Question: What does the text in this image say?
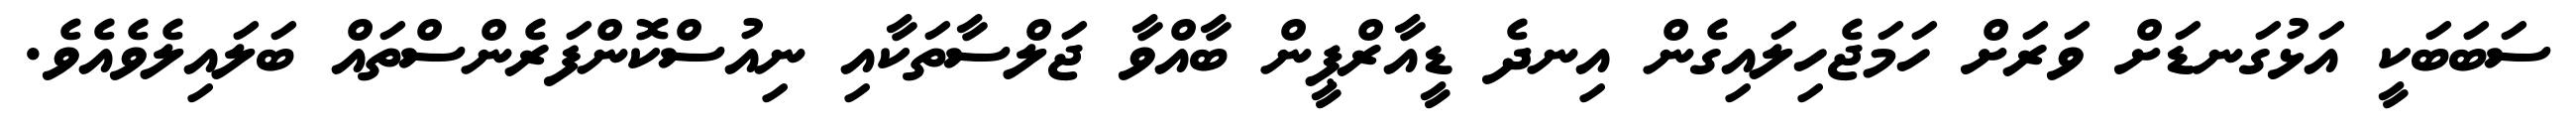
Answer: ސަބަބަކީ އަޅުގަނޑަށް ވަރަށް ހަމަޖެހިލައިގެން އިނދެ ޑީއާރްޕީން ބާއްވާ ޖަލްސާތަކާއި ނިއުސްކޮންފަރެންސްތައް ބަލައިލެވެއެވެ.